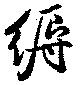
縟